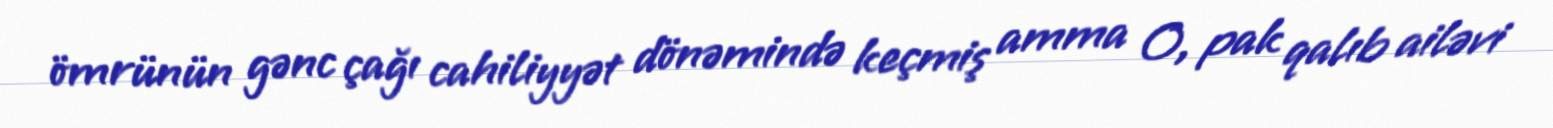
ömrünün gənc çağı cahiliyyət dönəmində keçmiş amma O, pak qalıb ailəvi